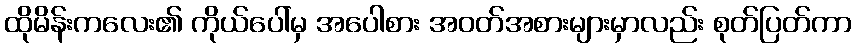
ထိုမိန်းကလေး၏ ကိုယ်ပေါ်မှ အပေါစား အဝတ်အစားများမှာလည်း စုတ်ပြတ်ကာ